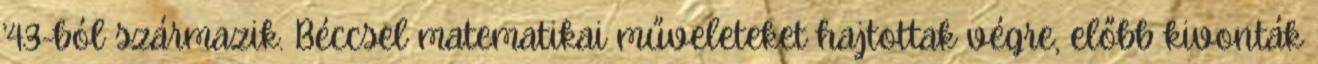
’43-ból származik. Béccsel matematikai műveleteket hajtottak végre, előbb kivonták